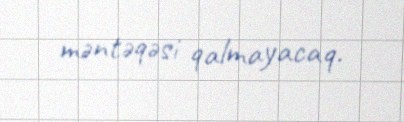
məntəqəsi qalmayacaq.